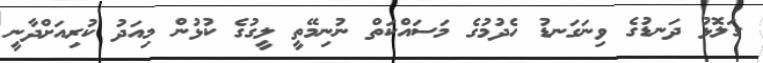
ގަލޮޅު ދަނޑުގެ ވިނަގަނޑު ހެދުމުގެ މަސައްކަތް ނުނިމޭތީ ލީގުގެ ކުޅުން މިއަދު ކުރިއަށްދާނީ